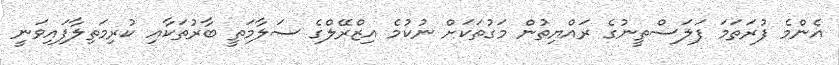
އެންމެ ފުރަތަމަ ފަލަސްތީނުގެ ރައްޔިތުން މަގުތަކަށް ނުކުމެ އިޒްރޭލްގެ ސަލާމަތީ ބާރުތަކާއި ކުރިމަތިލާފައިވަނީ